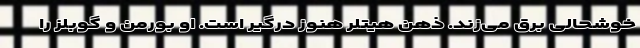
خوشحالی برق می‌زند. ذهن هیتلر هنوز درگیر است. او بورمن و گوبلز را